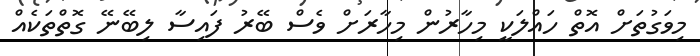
މިވަގުތަށް އޮތް ހައްލަކީ މިހާރުން މިހާރަށް ވެސް ބޭރު ފައިސާ ލިބޭނޭ ގޮތްތަކެއް